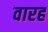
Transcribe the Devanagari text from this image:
वारह